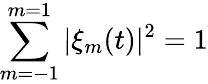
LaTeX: \sum_{m=-1}^{m=1}|\xi_{m}(t)|^{2}=1